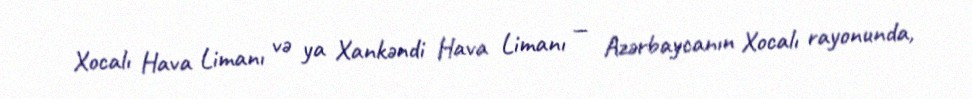
Xocalı Hava Limanı və ya Xankəndi Hava Limanı — Azərbaycanın Xocalı rayonunda,